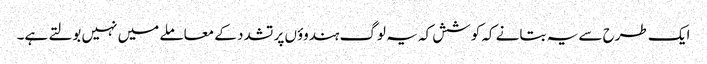
ایک طرح سے یہ بتانے کہ کوشش کہ یہ لوگ ہندوؤں پر تشدد کے معاملے میں نہیں بولتے ہے۔